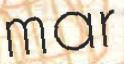
mar